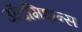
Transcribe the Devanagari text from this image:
अॅडमिशन्स